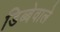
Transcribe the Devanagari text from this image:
डिब्बेवाले